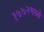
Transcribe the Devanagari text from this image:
१७७२मध्ये